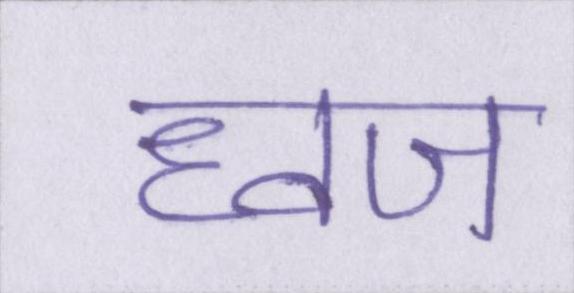
ध्वज